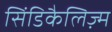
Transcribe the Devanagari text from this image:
सिंडिकैलिज़्म